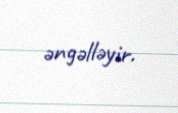
əngəlləyir.